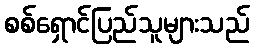
စစ်ရှောင်ပြည်သူများသည်